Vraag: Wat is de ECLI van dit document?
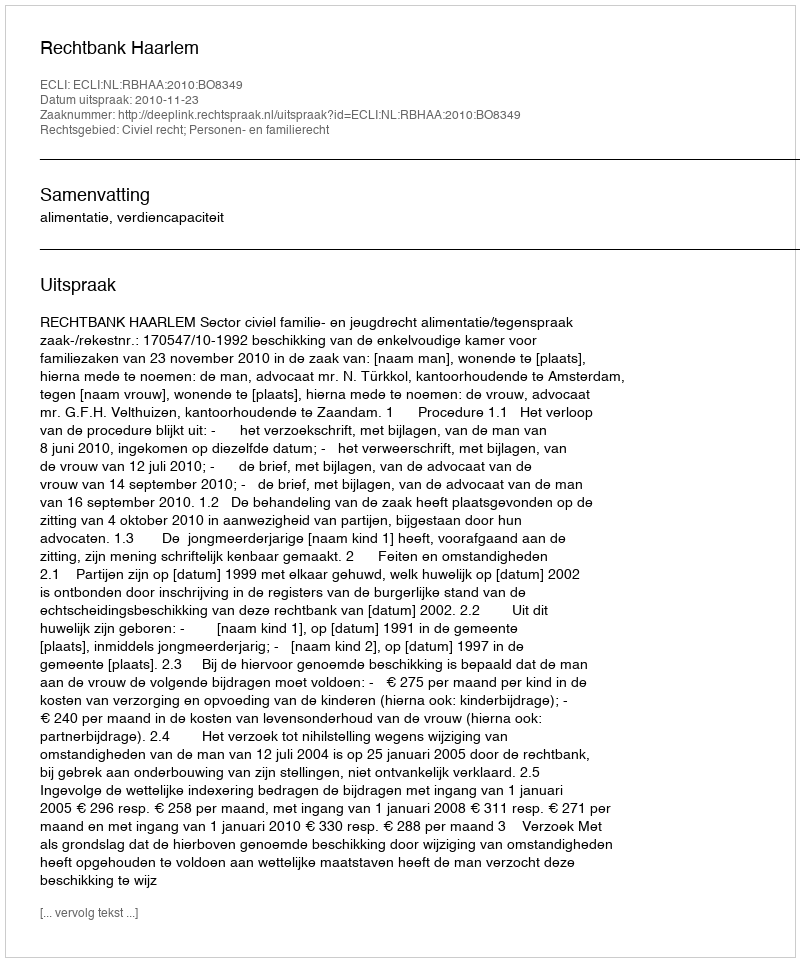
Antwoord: ECLI:NL:RBHAA:2010:BO8349